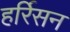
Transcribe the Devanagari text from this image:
हर्रिसन